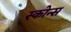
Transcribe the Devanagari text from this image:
स्कोन्स